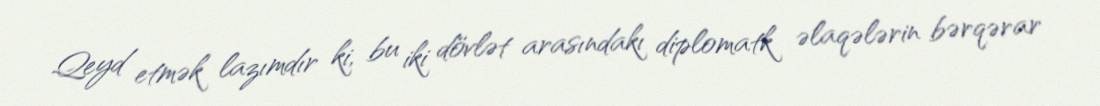
Qeyd etmək lazımdır ki, bu iki dövlət arasındakı diplomatk əlaqələrin bərqərar